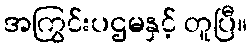
အကြွင်းပဌမနှင့် တူပြီ။